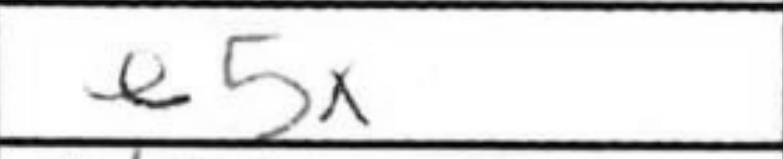
Transcription: e5x